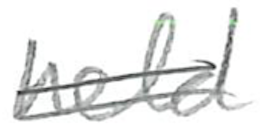
Text: held
Cross-out: double-line
Writing tool: pencil